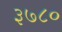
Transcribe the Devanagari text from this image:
३७८०